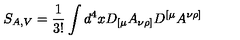
S _ { A , V } = \frac { 1 } { 3 ! } \int d ^ { 4 } x D _ { [ \mu } A _ { \nu \rho ] } D ^ { [ \mu } A ^ { \nu \rho ] }